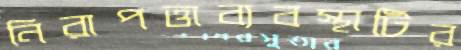
নিরাপত্তাব্যবস্থাটির